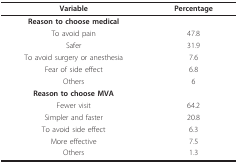
| Variable | Percentage |
 | --- | --- |
 | Reason to choose medical |  |
 | To avoid pain | 47.8 |
 | Safer | 31.9 |
 | To avoid surgery or anesthesia | 7.6 |
 | Fear of side effect | 6.8 |
 | Others | 6 |
 | Reason to choose MVA |  |
 | Fewer visit | 64.2 |
 | Simpler and faster | 20.8 |
 | To avoid side effect | 6.3 |
 | More effective | 7.5 |
 | Others | 1.3 |